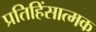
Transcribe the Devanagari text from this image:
प्रतिहिंसात्मक